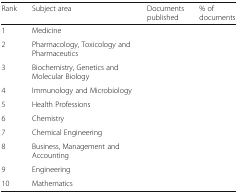
<table><thead><tr><td><b>Rank</b></td><td><b>Subject area</b></td><td><b>Documents published</b></td><td><b>% of documents</b></td></tr></thead><tbody><tr><td>1</td><td>Medicine</td><td>[EMPTY_CELL]</td><td>[EMPTY_CELL]</td></tr><tr><td>2</td><td>Pharmacology, Toxicology and Pharmaceutics</td><td>[EMPTY_CELL]</td><td>[EMPTY_CELL]</td></tr><tr><td>3</td><td>Biochemistry, Genetics and Molecular Biology</td><td>[EMPTY_CELL]</td><td>[EMPTY_CELL]</td></tr><tr><td>4</td><td>Immunology and Microbiology</td><td>[EMPTY_CELL]</td><td>[EMPTY_CELL]</td></tr><tr><td>5</td><td>Health Professions</td><td>[EMPTY_CELL]</td><td>[EMPTY_CELL]</td></tr><tr><td>6</td><td>Chemistry</td><td>[EMPTY_CELL]</td><td>[EMPTY_CELL]</td></tr><tr><td>7</td><td>Chemical Engineering</td><td>[EMPTY_CELL]</td><td>[EMPTY_CELL]</td></tr><tr><td>8</td><td>Business, Management and Accounting</td><td>[EMPTY_CELL]</td><td>[EMPTY_CELL]</td></tr><tr><td>9</td><td>Engineering</td><td>[EMPTY_CELL]</td><td>[EMPTY_CELL]</td></tr><tr><td>10</td><td>Mathematics</td><td>[EMPTY_CELL]</td><td>[EMPTY_CELL]</td></tr></tbody></table>